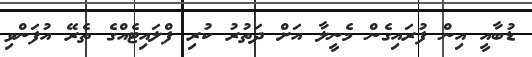
ޑުބާއީ އިން ފުރައިގެން މެނީލާ އަށް ދަތުރު ކުރި ފްލައިޓެއްގެ ތެރޭ އުފަންވި